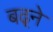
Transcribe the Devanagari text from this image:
बढ़्ने